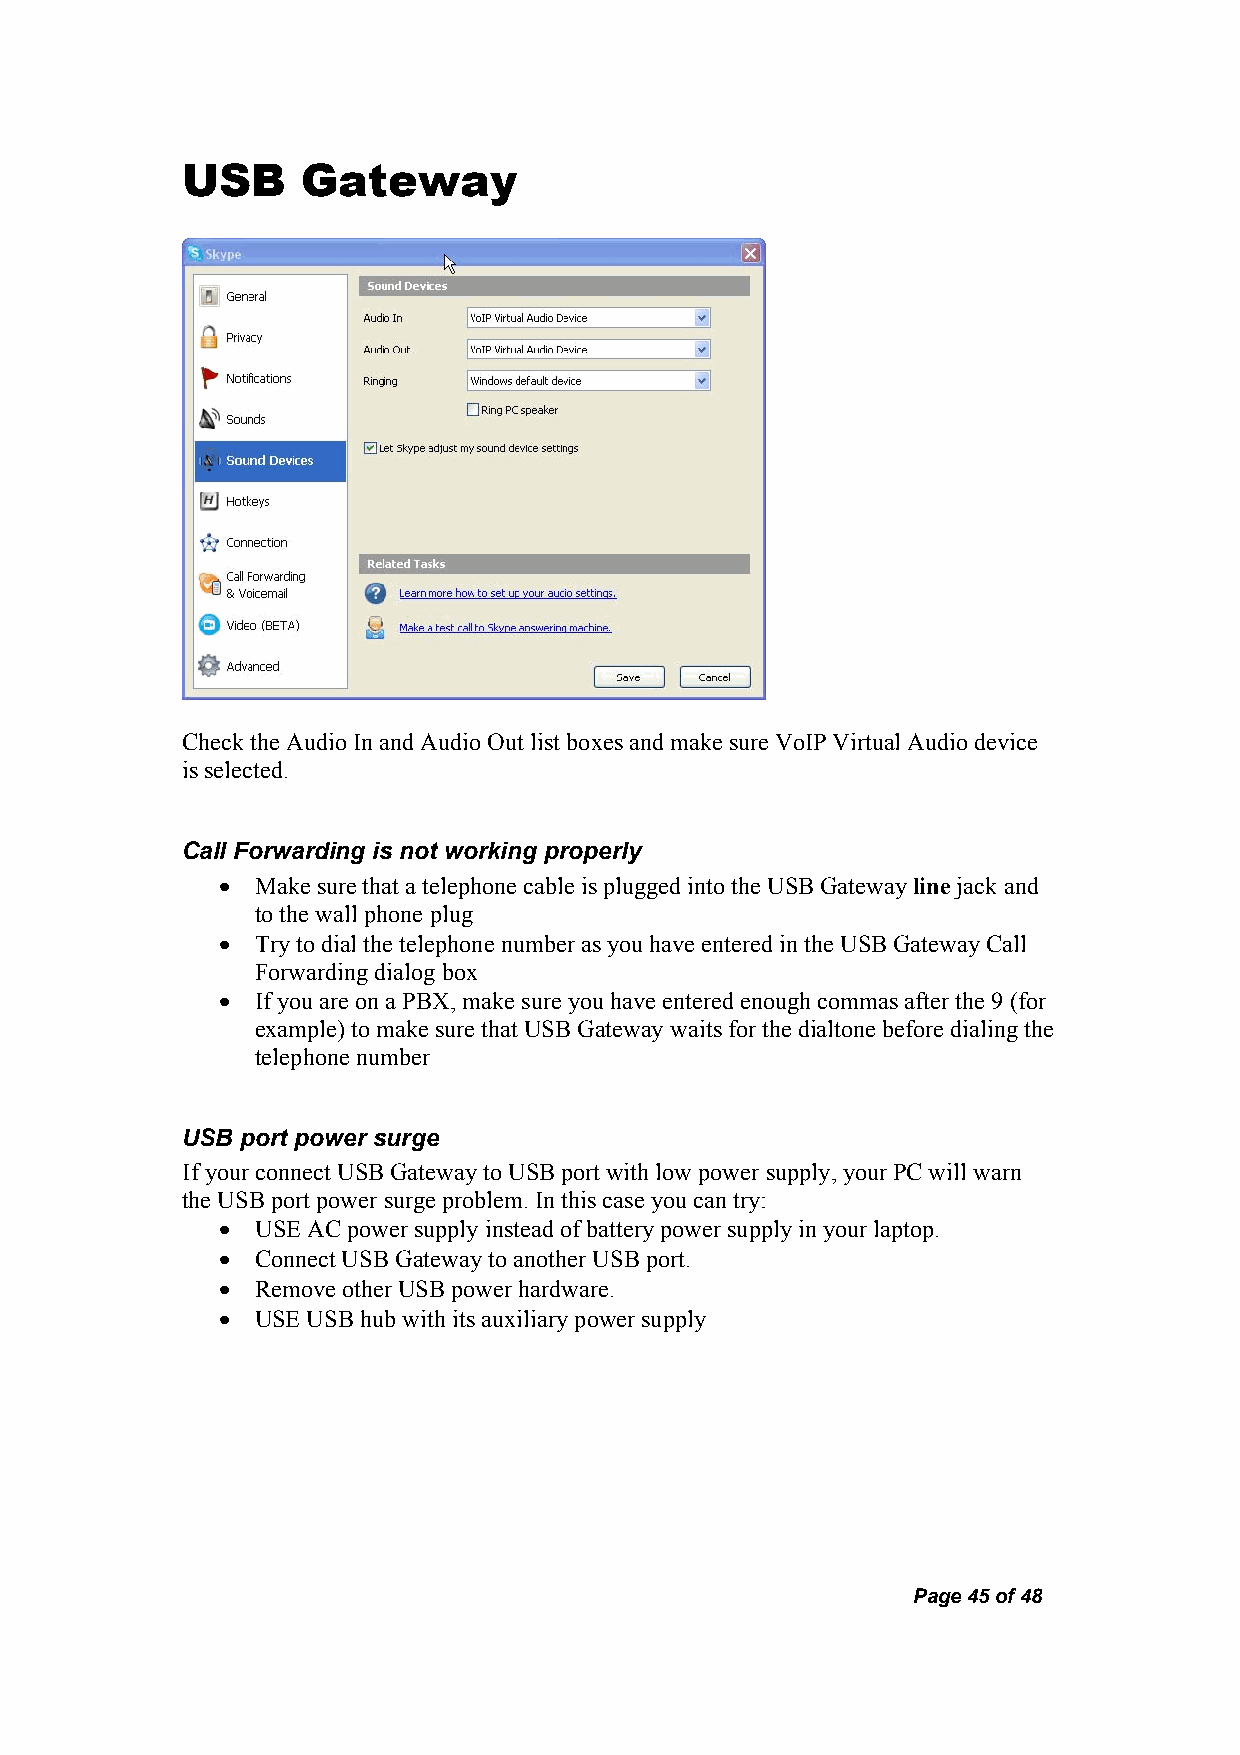
USB     Gateway
 Check the Audio In and Audio Out list boxes and make sure VoIP Virtual Audio device
 is selected.
 Call Forwarding is not working properly
 •  Make sure that a telephone cable is plugged into the USB Gateway line jack and
 to the wall phone plug
 •  Try to dial the telephone number as you have entered in the USB Gateway Call
 Forwarding dialog box
 •  If you are on a PBX, make sure you have entered enough commas after the 9 (for
 example) to make sure that USB Gateway waits for the dialtone before dialing the
 telephone number
 USB port power surge
 If your connect USB Gateway to USB port with low power supply, your PC will warn
 the USB port power surge problem. In this case you can try:
 •  USE AC power supply instead of battery power supply in your laptop.
 •  Connect USB Gateway to another USB port.
 •  Remove other USB power hardware.
 •  USE USB hub with its auxiliary power supply
 Page 45 of 48